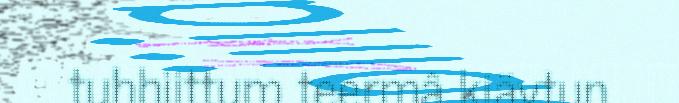
tuhhiittum teermâ kiävtun.